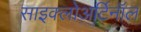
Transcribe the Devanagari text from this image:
साइक्लोअर्टिनॉल